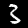
Label: 3